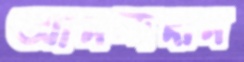
আনন্দদান